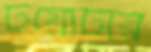
টয়োটার